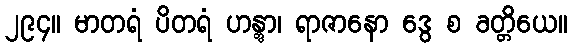
၂၉၄။ မာတရံ ပိတရံ ဟန္တွာ၊ ရာဇာနော ဒွေ စ ခတ္တိယေ။